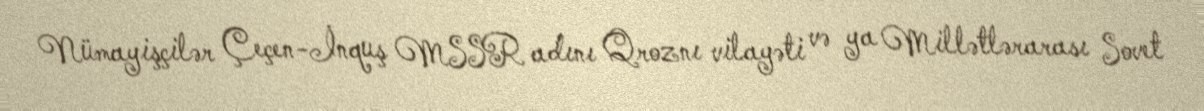
Nümayişçilər Çeçen-İnquş MSSR adını Qroznı vilayəti və ya Millətlərarası Sovet